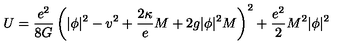
U = \frac { e ^ { 2 } } { 8 G } \left( | \phi | ^ { 2 } - v ^ { 2 } + \frac { 2 \kappa } e M + 2 g | \phi | ^ { 2 } M \right) ^ { 2 } + \frac { e ^ { 2 } } 2 M ^ { 2 } | \phi | ^ { 2 }